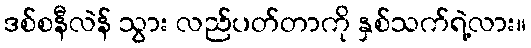
ဒစ်စနီလဲန် သွား လည်ပတ်တာကို နှစ်သက်ရဲ့လား။